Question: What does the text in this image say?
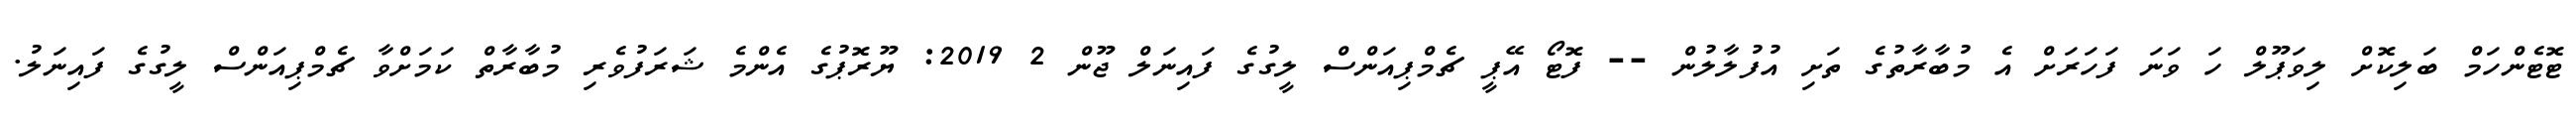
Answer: ޓޮޓެންހަމް ބަލިކޮށް ލިވަޕޫލް ހަ ވަނަ ފަހަރަށް އެ މުބާރާތުގެ ތަށި އުފުލާލުން -- ފޮޓޯ އޭޕީ ޗެމްޕިއަންސް ލީގުގެ ފައިނަލް ޖޫން 2 2019: ޔޫރޮޕުގެ އެންމެ ޝަރަފުވެރި މުބާރާތް ކަމަށްވާ ޗެމްޕިއަންސް ލީގުގެ ފައިނަލު.